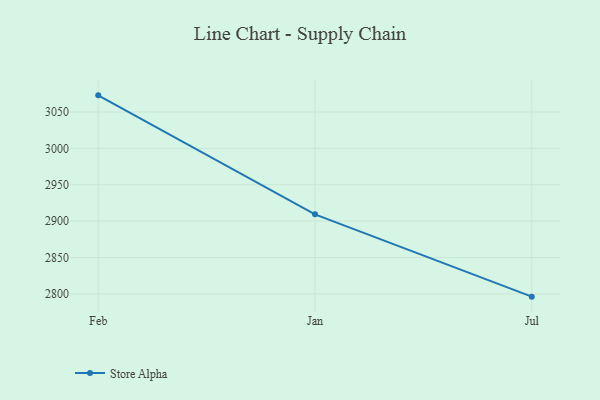
{"axis": {"x": "Month", "y": "Bounce Rate (%)"}, "legend": ["Store Alpha"], "data": [{"x": "Feb", "y": 3072.9, "type": "Store Alpha"}, {"x": "Jan", "y": 2909.3, "type": "Store Alpha"}, {"x": "Jul", "y": 2796.2, "type": "Store Alpha"}]}